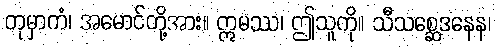
တုမှာကံ၊ အမောင်တို့အား။ ဣမဿ၊ ဤသူကို။ သီသစ္ဆေဒနေန၊